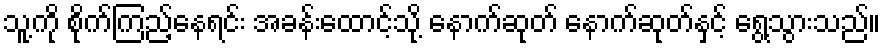
သူ့ကို စိုက်ကြည့်နေရင်း အခန်းထောင့်သို့ နောက်ဆုတ် နောက်ဆုတ်နှင့် ရွေ့သွားသည်။